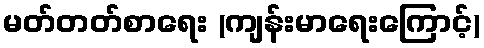
မတ်တတ်စာရေး (ကျန်းမာရေးကြောင့်)